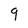
Character: 9